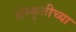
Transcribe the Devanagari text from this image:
संस्कुतीच्या